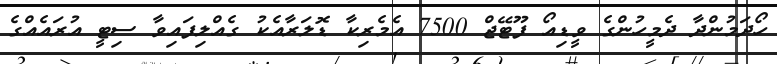
ހޯދަމުންދާ ދެމީހުންގެ ވީޑިއޯ ފޫޓޭޖް 7500 އެމެރިކާ ޑޮލަރާއެކު ގެއްލިފައިވާ ސިޓީ އުރައެއްގެ